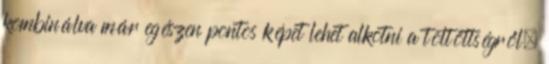
kombinálva már egészen pontos képet lehet alkotni a töltöttségről.